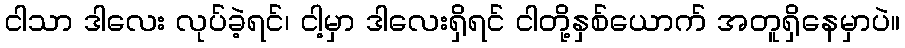
ငါသာ ဒါလေး လုပ်ခဲ့ရင်၊ ငါ့မှာ ဒါလေးရှိရင် ငါတို့နှစ်ယောက် အတူရှိနေမှာပဲ။